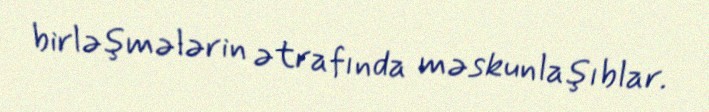
birləşmələrin ətrafında məskunlaşıblar.